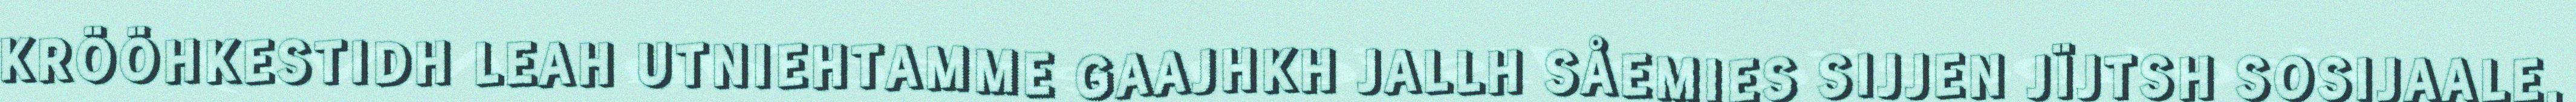
KRÖÖHKESTIDH LEAH UTNIEHTAMME GAAJHKH JALLH SÅEMIES SIJJEN JÏJTSH SOSIJAALE,